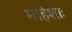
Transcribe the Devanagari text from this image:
माहेशाः